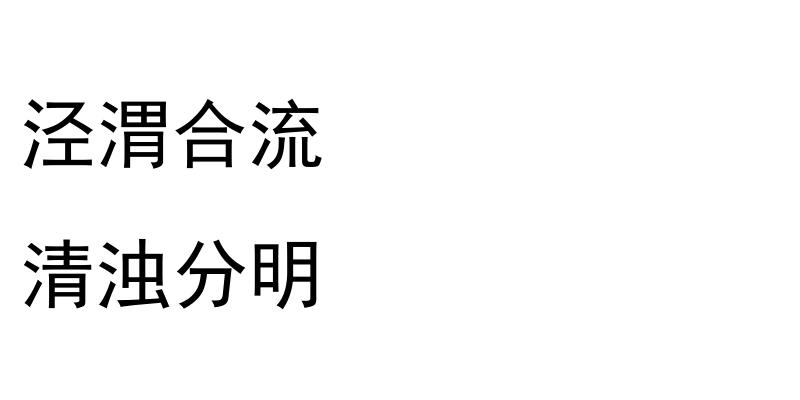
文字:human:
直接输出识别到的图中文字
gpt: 泾渭合流 清浊分明